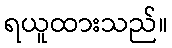
ရယူထားသည်။